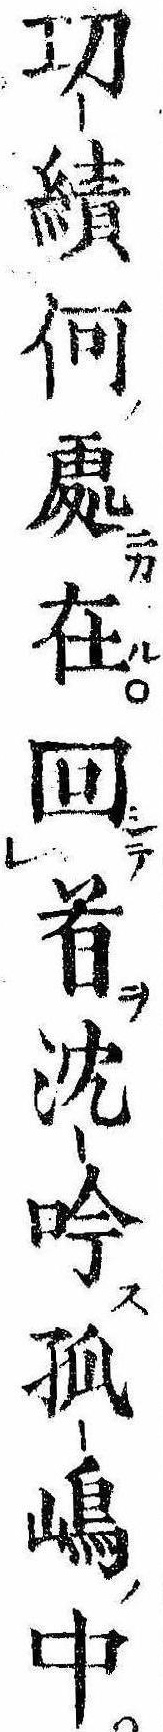
㓛績何処在回首沈吟孤島中